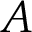
A